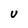
Character: U